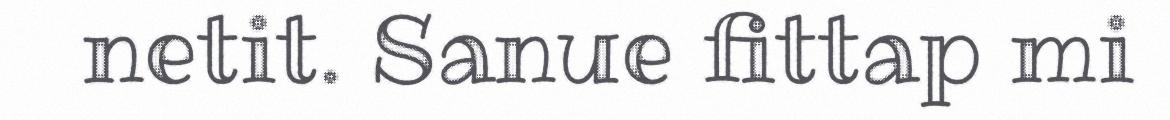
netit. Sanue fittap mi